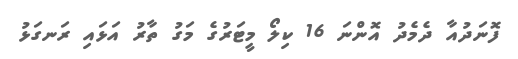
ފޮނަދުއާ ދެމެދު އޮންނަ 16 ކިލޯ މީޓަރުގެ މަގު ތާރު އަޅައި ރަނގަޅު